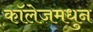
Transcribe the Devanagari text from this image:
कॉलेजमधुन